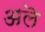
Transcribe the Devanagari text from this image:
अलॆ